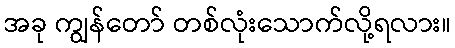
အခု ကျွန်တော် တစ်လုံးသောက်လို့ရလား။